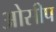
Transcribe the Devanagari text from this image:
ओसीप